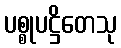
ပစ္စုပဋ္ဌိတေသု